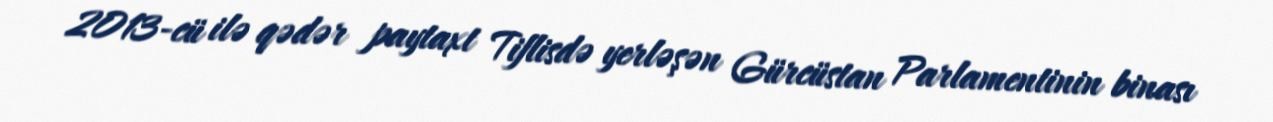
2013-cü ilə qədər paytaxt Tiflisdə yerləşən Gürcüstan Parlamentinin binası